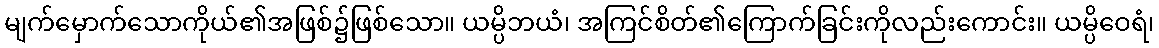
မျက်မှောက်သောကိုယ်၏အဖြစ်၌ဖြစ်သော။ ယမ္ပိဘယံ၊ အကြင်စိတ်၏ကြောက်ခြင်းကိုလည်းကောင်း။ ယမ္ပိဝေရံ၊